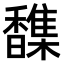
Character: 𫘂